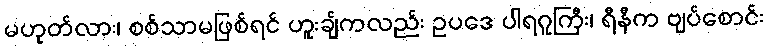
မဟုတ်လား၊ စစ်သာမဖြစ်ရင် ဟူးချ်ကလည်း ဥပဒေ ပါရဂူကြီး၊ ရီနီက ဗျပ်စောင်း